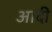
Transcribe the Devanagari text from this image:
अादी